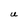
Character: u